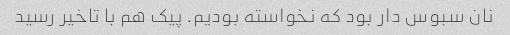
نان سبوس دار بود که نخواسته بودیم. پیک هم با تاخیر رسید